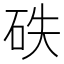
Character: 𥑇